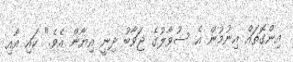
އިންގޮތައް އިނުމުން އެ ސުވާލުގެ ޖަވާބު ދިނީ އިޔާން އެވެ." ކައި އާއި